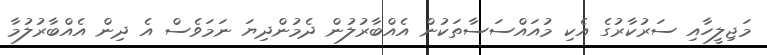
މަޖިލީހާއި ސަރުކާރުގެ އެކި މުއައްސަސާތަކުން އެއްބާރުލުން ދެމުންދިޔަ ނަމަވެސް އެ ދިން އެއްބާރުލުމާ